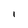
Character: l